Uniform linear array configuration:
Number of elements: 4
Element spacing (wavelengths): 0.25
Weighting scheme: cosine
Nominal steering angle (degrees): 15
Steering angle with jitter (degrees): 16.101
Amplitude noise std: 0.05
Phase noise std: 0.05

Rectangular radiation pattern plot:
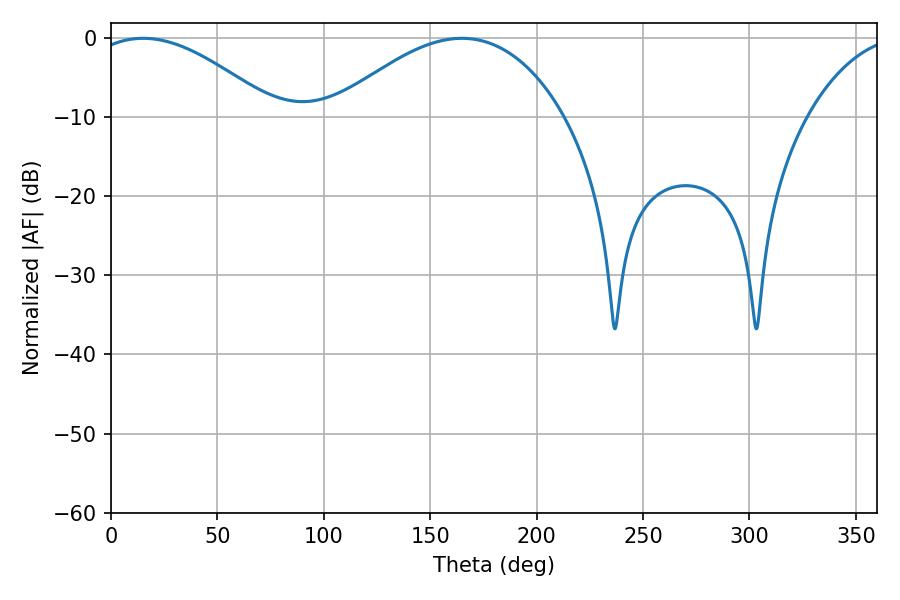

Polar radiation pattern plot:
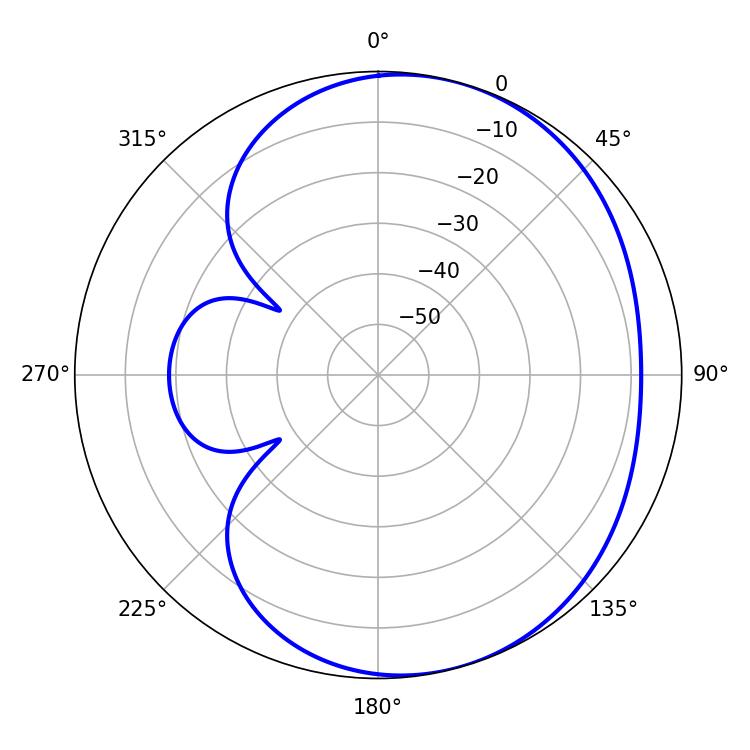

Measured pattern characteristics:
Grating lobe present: FALSE
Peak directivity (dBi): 4.337
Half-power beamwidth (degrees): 47.88
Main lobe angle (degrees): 15.12